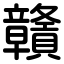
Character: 贛